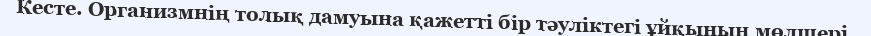
Кесте. Организмнің толық дамуына қажетті бір тәуліктегі ұйқының мөлшері.